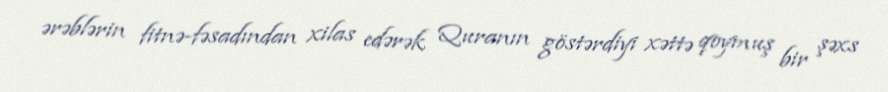
ərəblərin fitnə-fəsadından xilas edərək Quranın göstərdiyi xəttə qoymuş bir şəxs